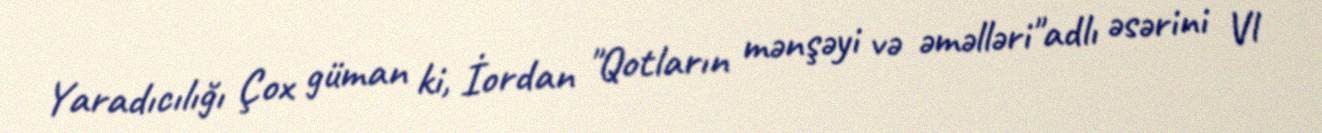
Yaradıcılığı Çox güman ki, İordan "Qotların mənşəyi və əməlləri"adlı əsərini Vl